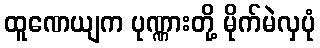
ထူဏေယျက ပုဏ္ဏားတို့ မိုက်မဲလှပုံ